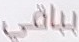
بباقي